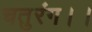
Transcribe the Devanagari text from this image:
चतुरंग।।